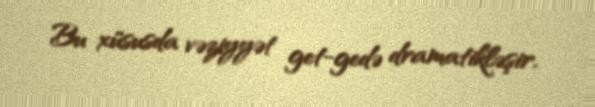
Bu xüsusda vəziyyət get-gedə dramatikləşir.